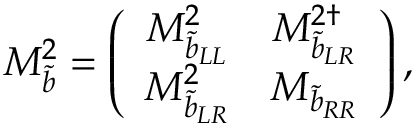
M _ { \tilde { b } } ^ { 2 } = \left( \begin{array} { c c } { { M _ { { \tilde { b } } _ { L L } } ^ { 2 } } } & { { M _ { { \tilde { b } } _ { L R } } ^ { 2 \dagger } } } \\ { { M _ { { \tilde { b } } _ { L R } } ^ { 2 } } } & { { M _ { { \tilde { b } } _ { R R } } } } \end{array} \right) ,